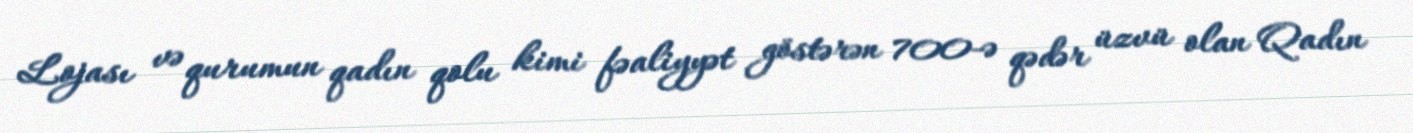
Lojası və qurumun qadın qolu kimi fəaliyyət göstərən 700-ə qədər üzvü olan Qadın